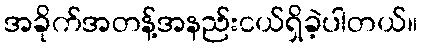
အခိုက်အတန့်အနည်းငယ်ရှိခဲ့ပါတယ်။